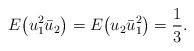
LaTeX: \begin{gather*}E\big(u_1^2\bar{u}_2\big)=E\big(u_2\bar{u}_1^2\big)=\frac{1}{3}.\end{gather*}